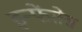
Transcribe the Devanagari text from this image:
इन्फेंतेस